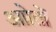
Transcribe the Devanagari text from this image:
आोतों